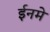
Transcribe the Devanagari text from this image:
ईनमे